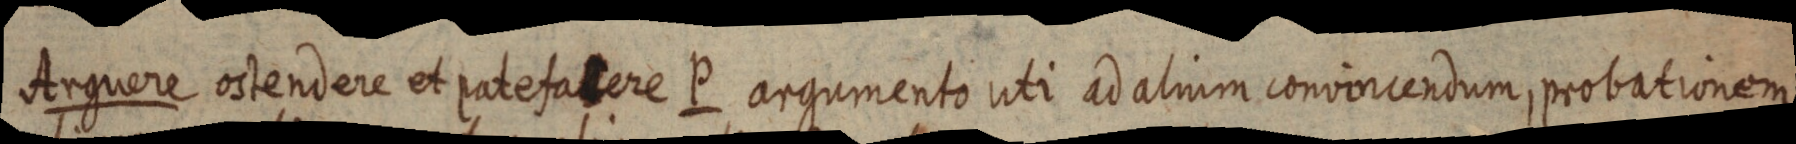
Arguere ostendere et patefacere P argumento uti ad alium convincendum, probationem